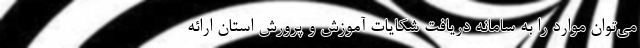
می‌توان موارد را به سامانه دریافت شکایات آموزش و پرورش استان ارائه